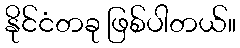
နိုင်ငံတခု ဖြစ်ပါတယ်။